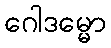
ဂေါဒမ္မော